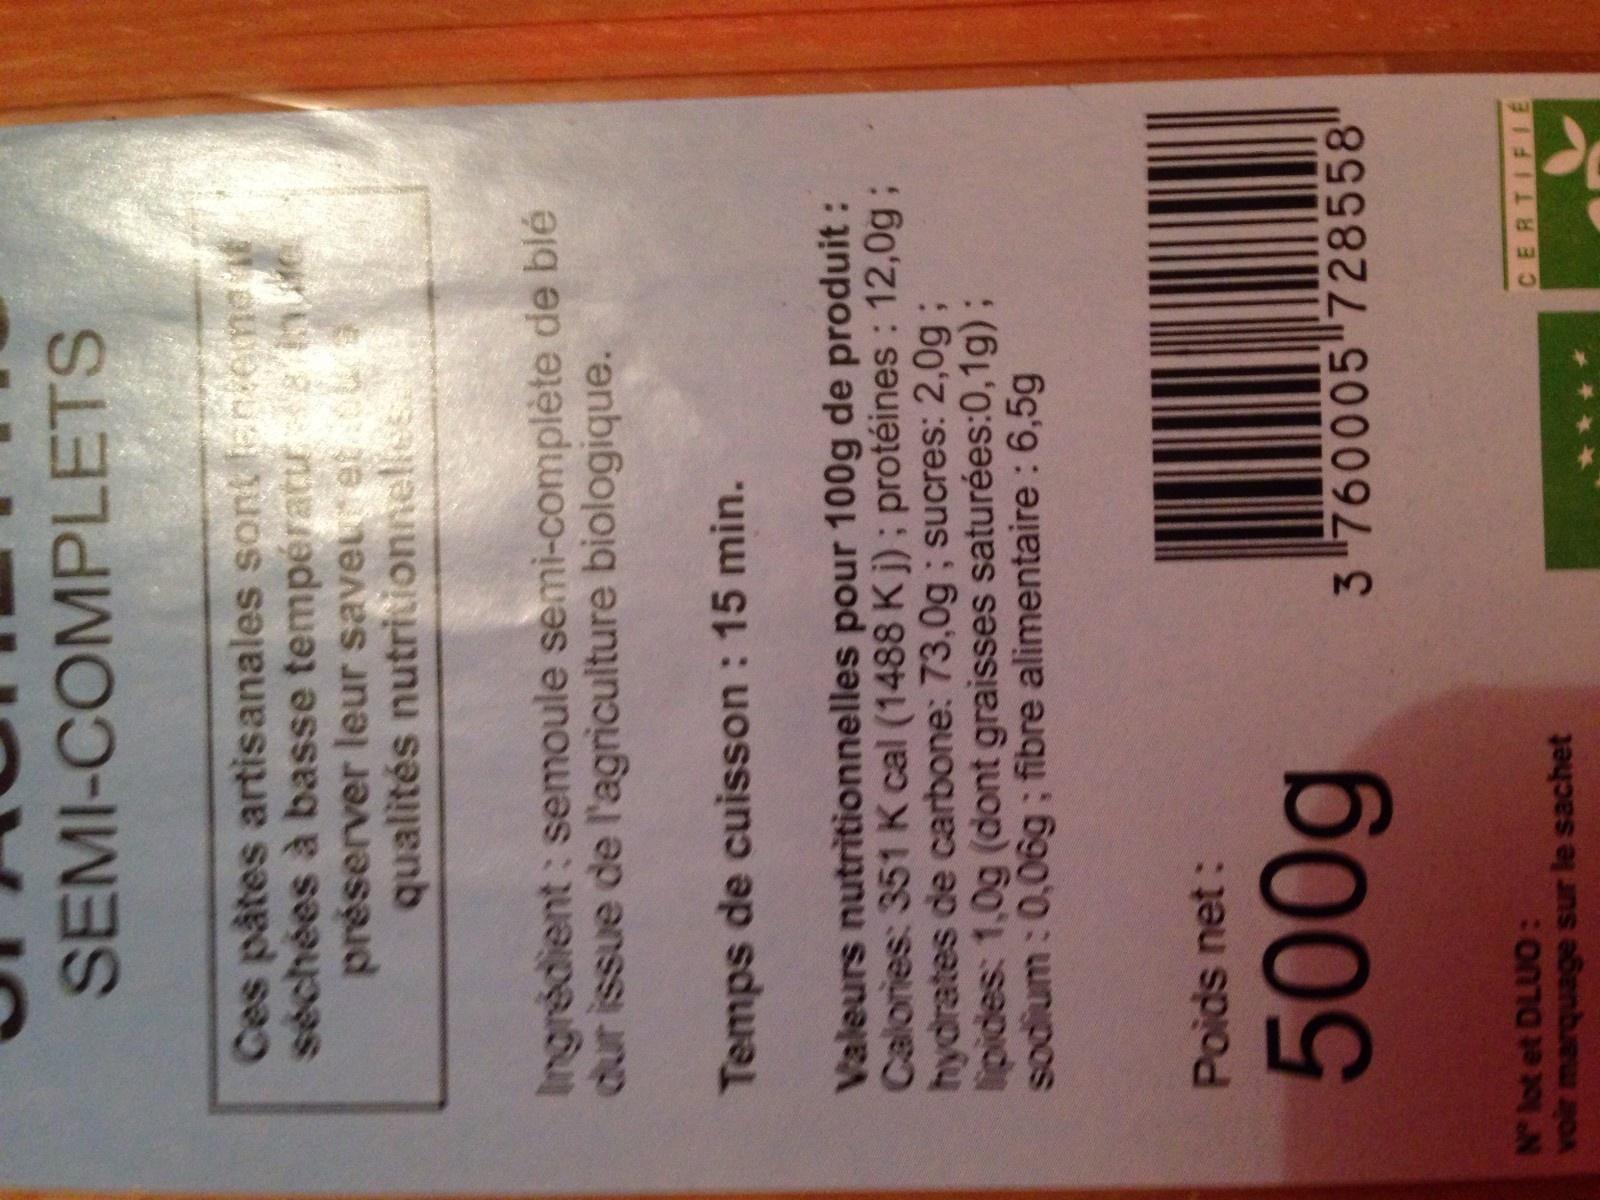
SEMI-COMPLETS
e
Ces pâtes artisanales sont fanteme f séchées à basse température préserver leur saveu et du al qualités nutritionnelles.
Ingrédient: semoule semi-complète de blé dur issue de l'agriculture biologique.
Temps de cuisson : 15 min.
Valeurs nutritionnelles pour 100g de produit : Calories: 351 K cal (1488 Kj); protéines : 12,0g; hydrates de carbone: 73,0g; sucres: 2,0g ; lipides: 1,0g (dont graisses saturées:0,1g); sodium : 0,06g; fibre alimentaire : 6,5g
Poids net:
500g
Nº lot et DLUO: voir marquage sur le sachet
3 760005 728558'
CERTIFIE